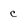
Character: c